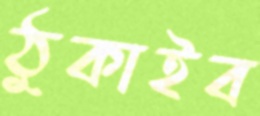
ঠুকাইব